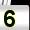
Digit: 5